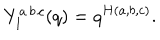
LaTeX: Y _ { 1 } ^ { a \, b \, c } ( q ) = q ^ { H ( a , b , c ) } .